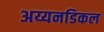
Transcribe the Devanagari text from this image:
अय्यनडिकल